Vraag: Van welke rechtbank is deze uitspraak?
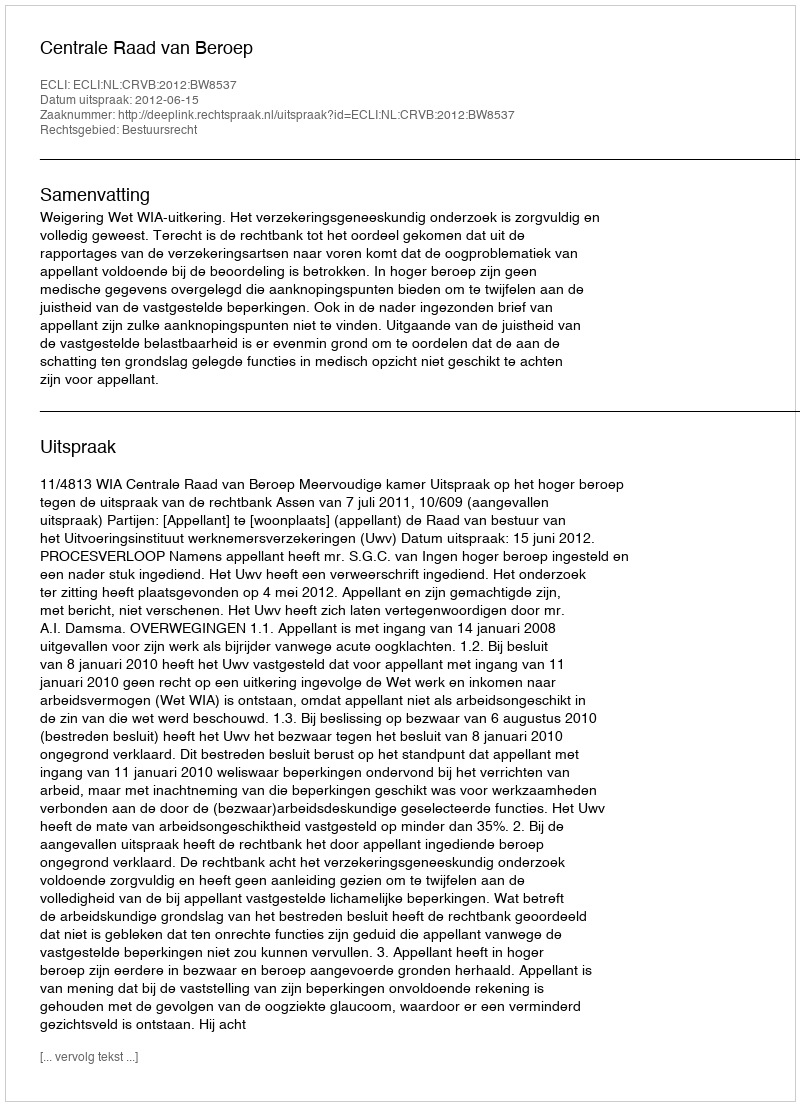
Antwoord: Centrale Raad van Beroep